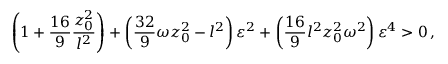
\left( 1 + { \frac { 1 6 } { 9 } } { \frac { z _ { 0 } ^ { 2 } } { l ^ { 2 } } } \right) + \left( { \frac { 3 2 } { 9 } } \omega z _ { 0 } ^ { 2 } - l ^ { 2 } \right) \varepsilon ^ { 2 } + \left( { \frac { 1 6 } { 9 } } l ^ { 2 } z _ { 0 } ^ { 2 } \omega ^ { 2 } \right) \varepsilon ^ { 4 } > 0 \, ,